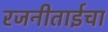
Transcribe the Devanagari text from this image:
रजनीताईचा